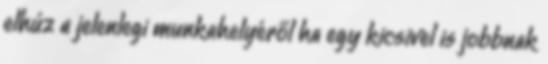
elhúz a jelenlegi munkahelyéről ha egy kicsivel is jobbnak